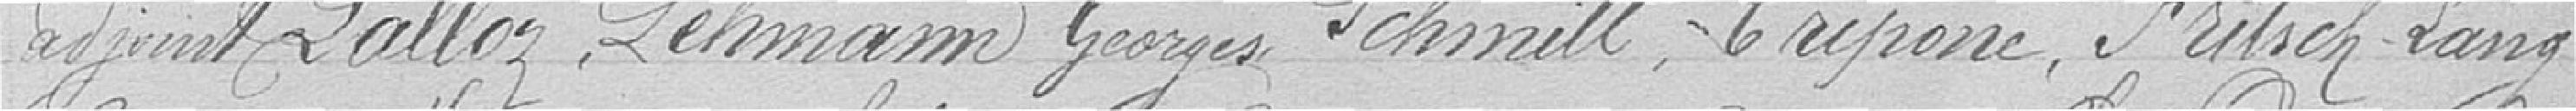
Adjoint, Lalloz, Lehmann Georges, Schmidt, Tripone, Fritsch-Lang,